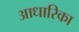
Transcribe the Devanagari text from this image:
आधारिका